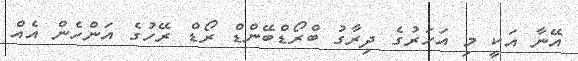
އޭނާ އަކީ މި އަހަރުގެ ދިރާގު ބްރޯޑްބޭންޑް ރޯޑް ރޭހުގެ އަންހެން އެއް